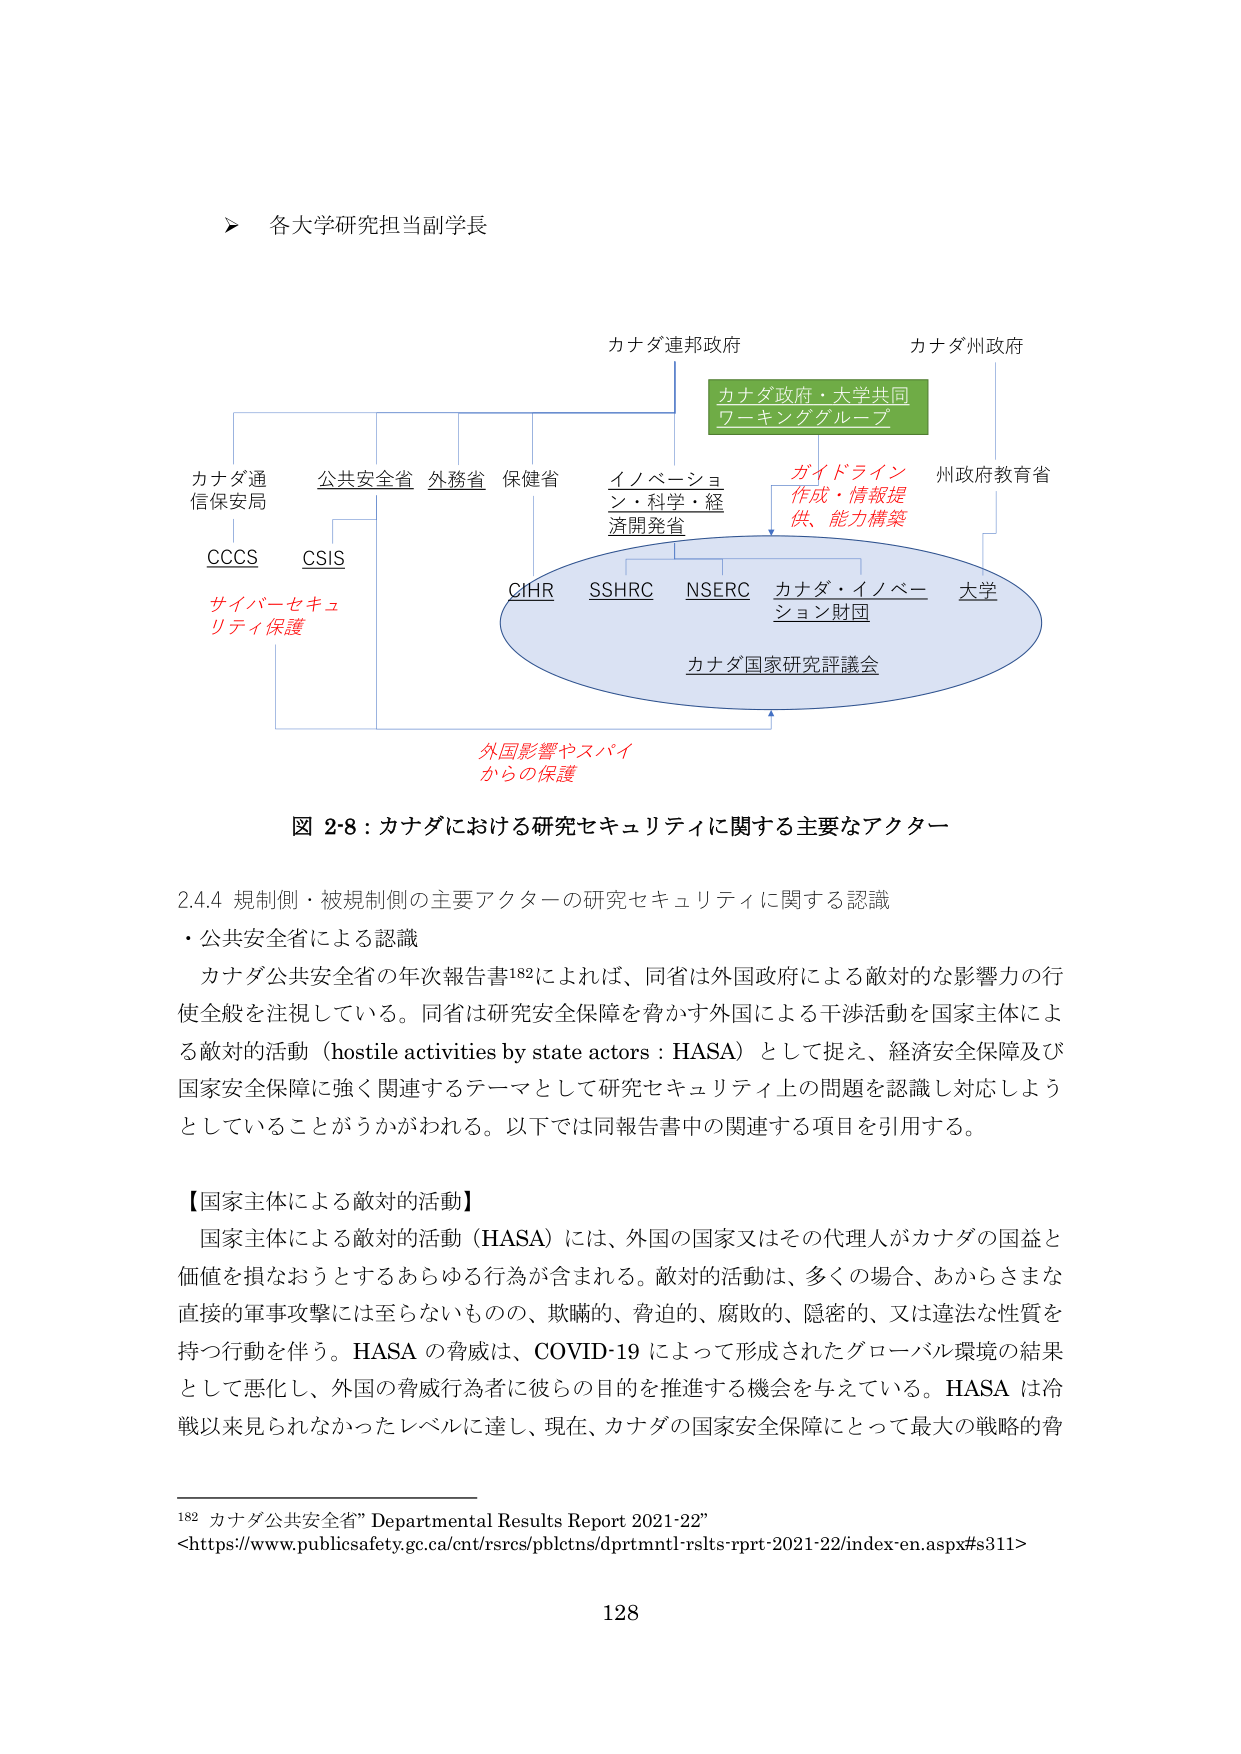
各大学研究担当副学長

カナダ連邦政府
カナダ州政府

カナダ政府・大学共同
ワーキンググループ

ガイドライン
作成・情報提供、能力構築

カナダ通信保安局
CCCS
サイバー・セキュリティ保護

公共安全省
CSIS

外務省
保健省

イノベーション・科学・経済開発省

州政府教育省

CIHR
SSHRC
NSERC
カナダ・イノベーション財団
大学

カナダ国家研究評議会

外国影響やスパイからの保護

図 2-8：カナダにおける研究セキュリティに関する主要なアクター

2.4.4 規制側・被規制側の主要アクターの研究セキュリティに関する認識
・公共安全省による認識

カナダ公共安全省の年次報告書182によれば、同省は外国政府による敵対的な影響力の行使全般を注視している。同省は研究安全保障を脅かす外国による干渉活動を国家主体による敵対的活動（hostile activities by state actors：HASA）として捉え、経済安全保障及び国家安全保障に強く関連するテーマとして研究セキュリティ上の問題を認識し対応しようとしていることがうかがわれる。以下では同報告書中の関連する項目を引用する。

【国家主体による敵対的活動】

国家主体による敵対的活動（HASA）には、外国の国家又はその代理人がカナダの国益と価値を損なおうとするあらゆる行為が含まれる。敵対的活動は、多くの場合、あからさまな直接的軍事攻撃には至らないものの、欺瞞的、脅迫的、腐敗的、隠密的、又は違法な性質を持つ行動を伴う。HASA の脅威は、COVID-19 によって形成されたグローバル環境の結果として悪化し、外国の脅威行為者が彼らの目的を推進する機会を与えている。HASA は冷戦以来見られなかったレベルに達し、現在、カナダの国家安全保障にとって最大の戦略的脅

182 カナダ公共安全省” Departmental Results Report 2021-22”
<https://www.publicsafety.gc.ca/cnt/rsrcs/plbctns/dprtmntl-rslts-rprt-2021-22/index-en.aspx#s311>

128